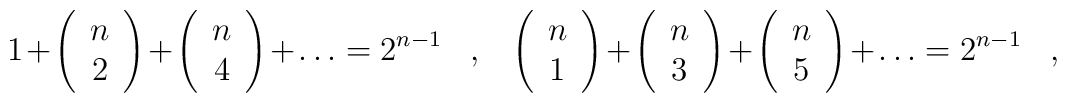
1+\left(\begin{array}{c}n\\ 2\\ \end{array}\right)+\left(\begin{array}{c}n\\ 4\\ \end{array}\right)+\ldots=2^{n-1}\,\,\,\,\,,\,\,\,\,\,\left(\begin{array}{c}n\\ 1\\ \end{array}\right)+\left(\begin{array}{c}n\\ 3\\ \end{array}\right)+\left(\begin{array}{c}n\\ 5\\ \end{array}\right)+\ldots=2^{n-1}\,\,\,\,\,,\,\,\,\,\,